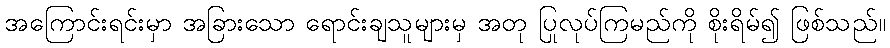
အကြောင်းရင်းမှာ အခြားသော ရောင်းချသူများမှ အတု ပြုလုပ်ကြမည်ကို စိုးရိမ်၍ ဖြစ်သည်။